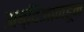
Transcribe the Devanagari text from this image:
अब्दिजानहून